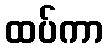
ထပ်ကာ